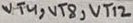
Text: VT4, VT8, VT12